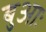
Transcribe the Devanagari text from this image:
बुआः